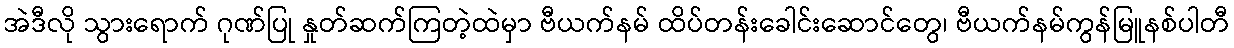
အဲဒီလို သွားရောက် ဂုဏ်ပြု နှုတ်ဆက်ကြတဲ့ထဲမှာ ဗီယက်နမ် ထိပ်တန်းခေါင်းဆောင်တွေ၊ ဗီယက်နမ်ကွန်မြူနစ်ပါတီ